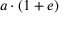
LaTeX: a \cdot ( 1 + e )